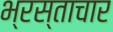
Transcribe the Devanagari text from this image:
भ्रस्ताचार